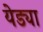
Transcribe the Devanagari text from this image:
येड्या